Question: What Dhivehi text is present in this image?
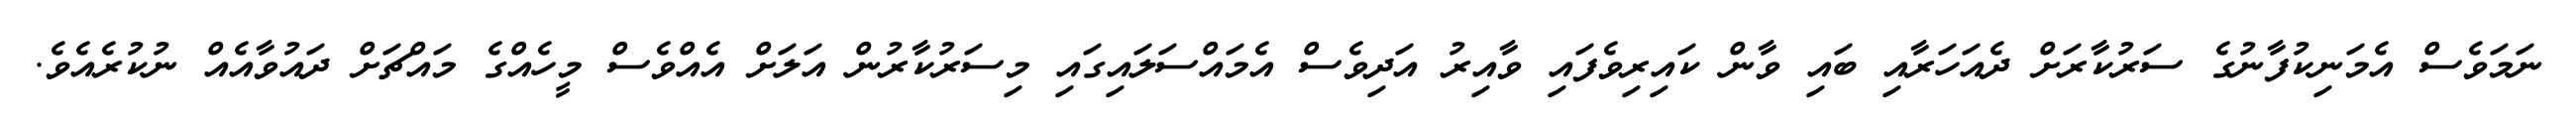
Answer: ނަމަވެސް އެމަނިކުފާނުގެ ސަރުކާރަށް ދެއަހަރާއި ބައި ވާން ކައިރިވެފައި ވާއިރު އަދިވެސް އެމައްސަލައިގައި މިސަރުކާރުން އަލަށް އެއްވެސް މީހެއްގެ މައްޗަށް ދައުވާއެއް ނުކުރެއެވެ.